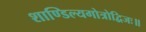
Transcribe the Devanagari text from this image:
शाण्डिल्यगोत्रोद्विजः॥